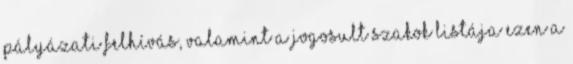
Pályázati felhívás, valamint a jogosult szakok listája ezen a